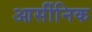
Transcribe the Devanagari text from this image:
आर्सीनिक